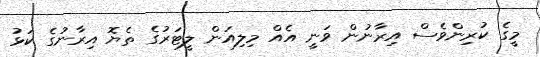
މީގެ ކުރިންވެސް އިރާނުން ވަނީ އެއް މިލިއަން ލީޓަރުގެ ތެޔޮ އިރާނުގެ ކަޅު